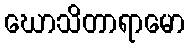
ဃောသိတာရာမော